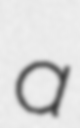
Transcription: a